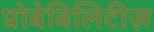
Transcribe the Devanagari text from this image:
प्रोबेबिलिटीज़